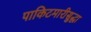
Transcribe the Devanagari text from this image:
पाकिटमारीसुद्धा